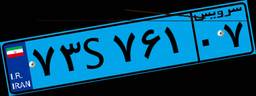
۷۳S۷۶۱۰۷